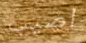
اصيب